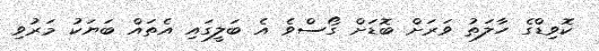
ކޮވިޑްގެ ހާލަތު ވަރަށް ބޮޑަށް ގޯސްވެ އެ ބަލީގައި އެތައް ބަޔަކު މަރުވި